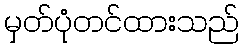
မှတ်ပုံတင်ထားသည်